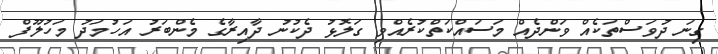
ގިނަ ދުވަސްތަކެއް ވަންދެއް މަސައްކަތްކުރެއްވި ގަލޮޅު ދެކުނު ދާއިރާގެ މެންބަރު އަހުމަދު މަހުލޫފް